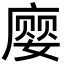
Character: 𫷾